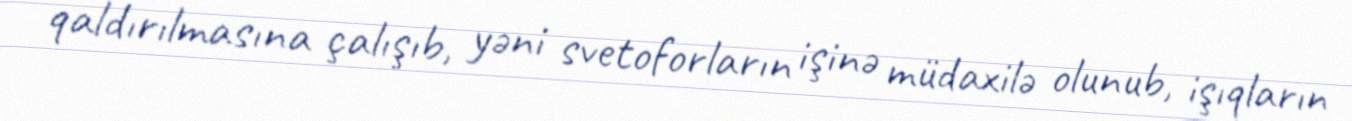
qaldırılmasına çalışıb, yəni svetoforların işinə müdaxilə olunub, işıqların